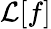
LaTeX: \mathcal{L}[f]